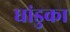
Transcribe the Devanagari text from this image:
धांडुका